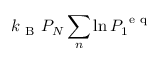
k _ { \mathrm { ~ B ~ } } P _ { N } \sum _ { n } \ln P _ { 1 } ^ { \mathrm { ~ e ~ q ~ } }